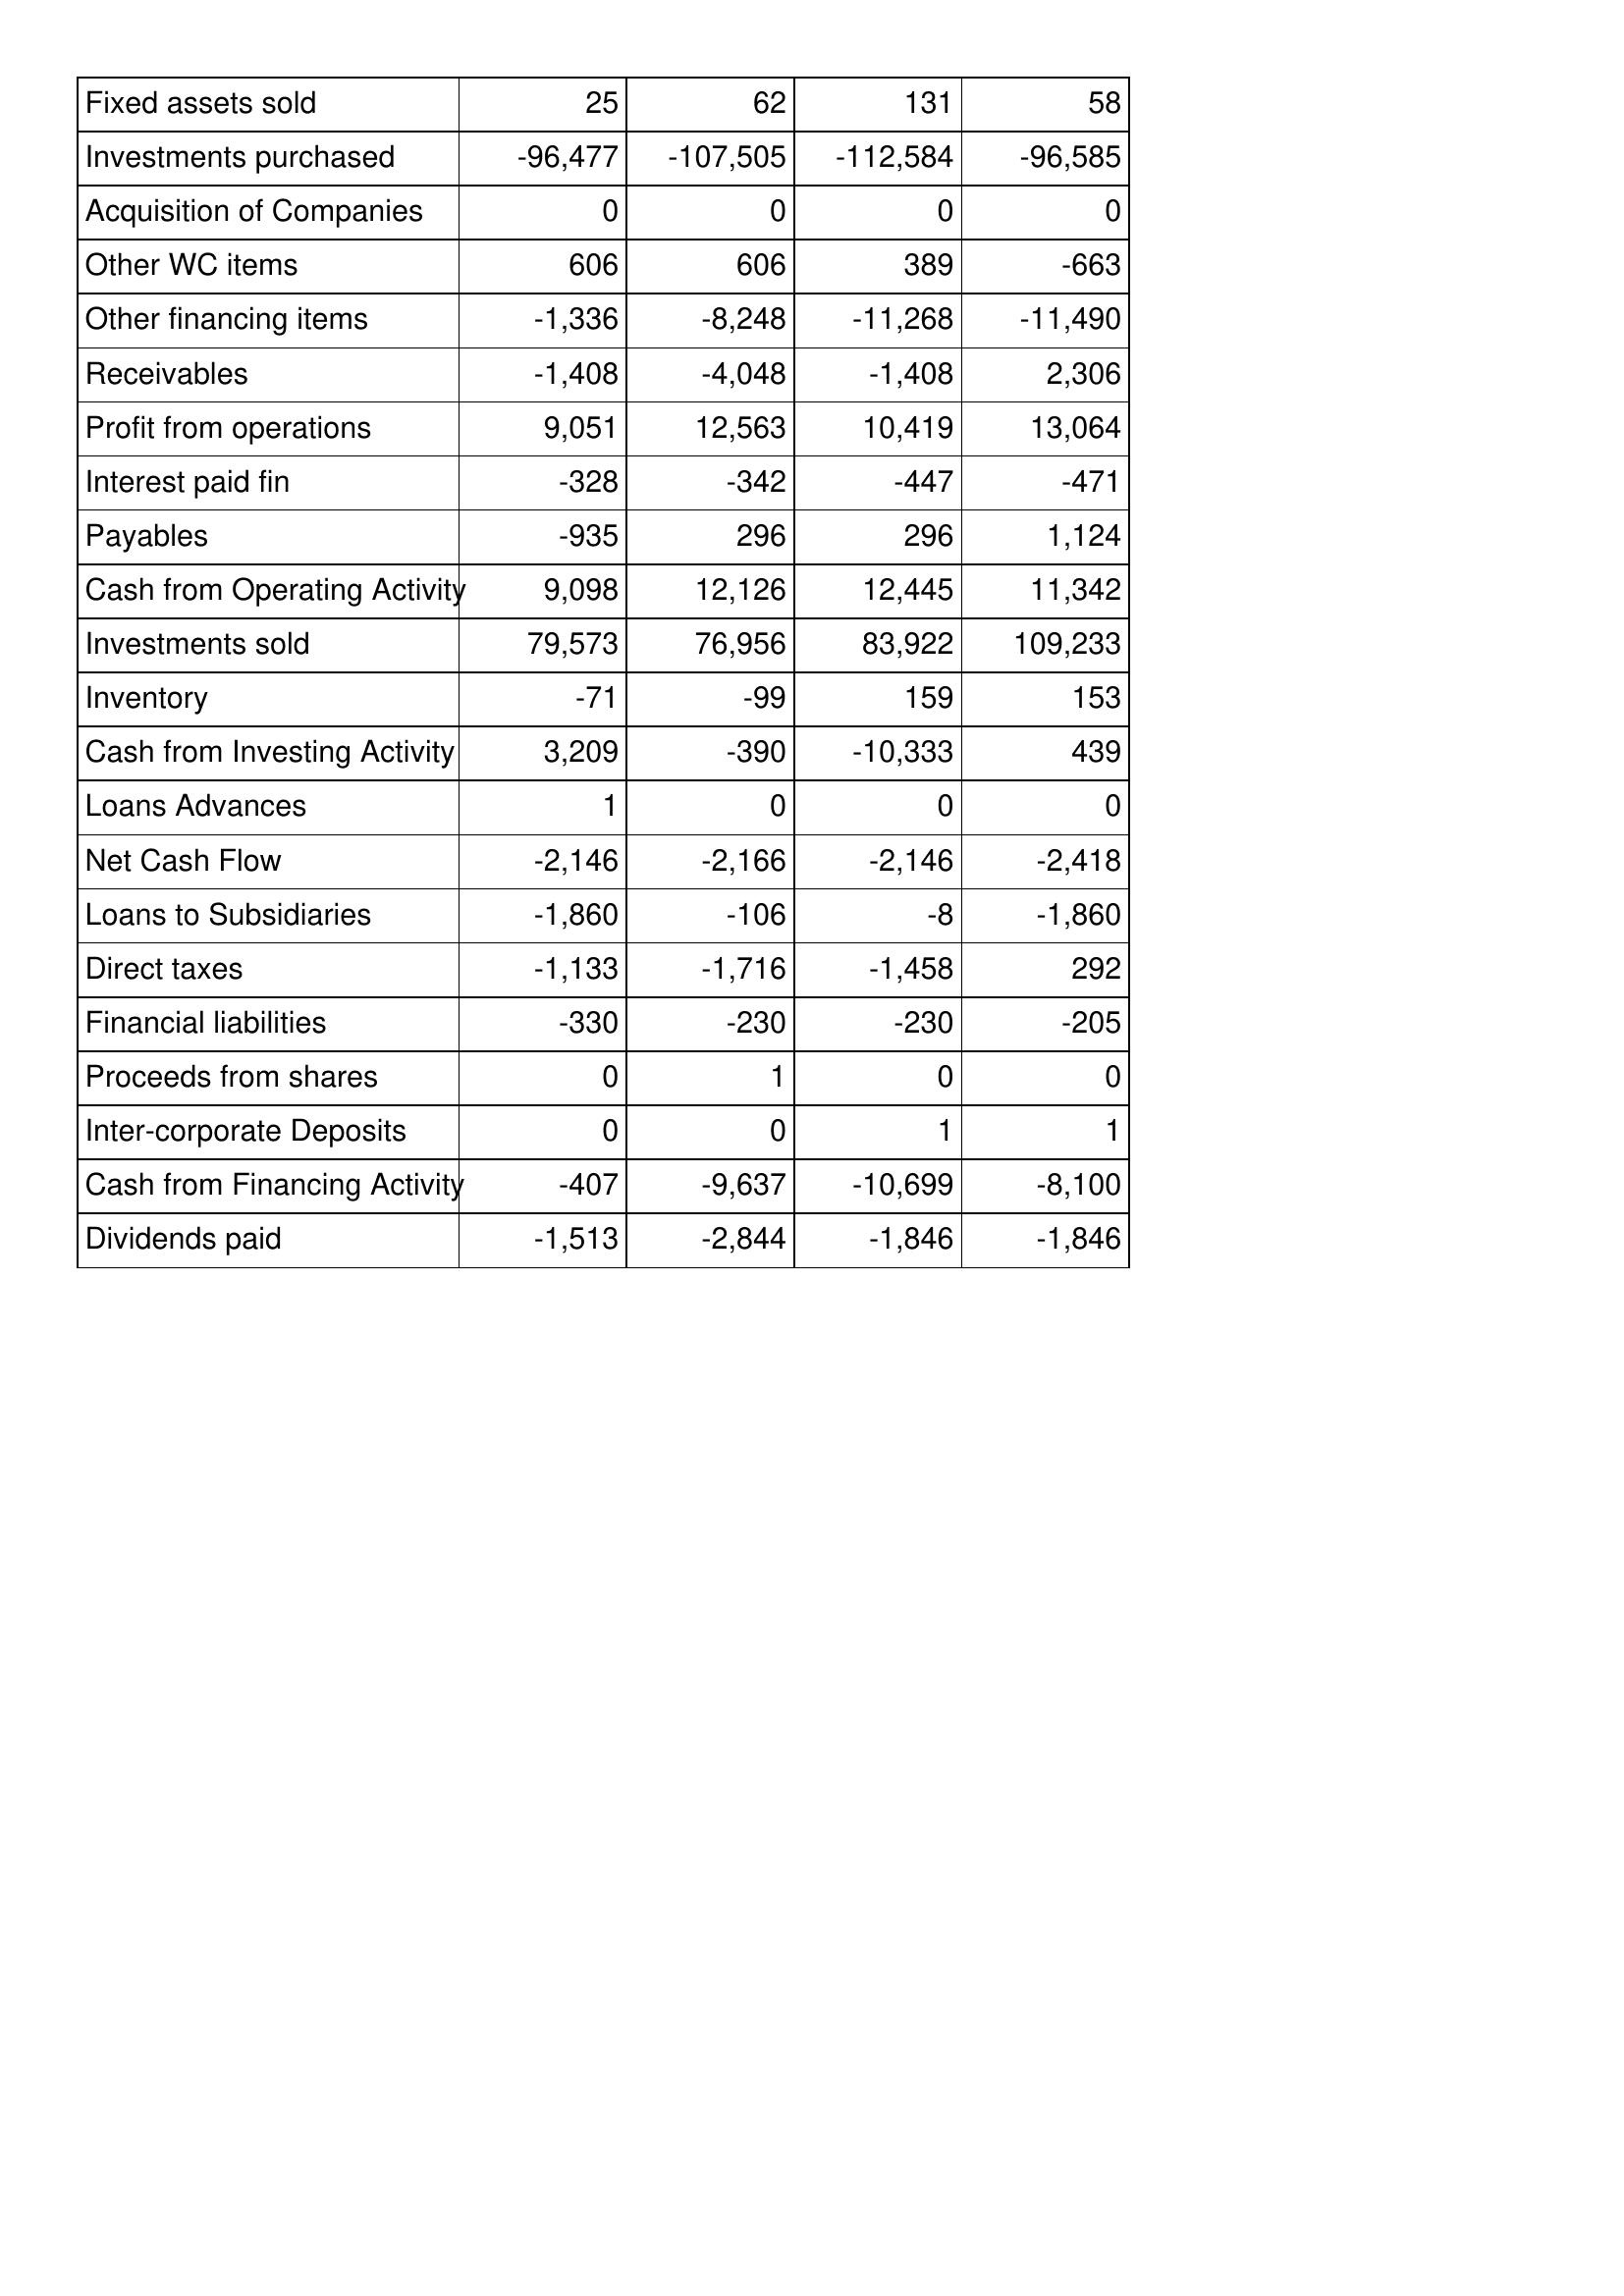
Mar-13: Cash Flows: Fixed assets sold: 25
Investments purchased: -96,477
Acquisition of Companies: 0
Other WC items: 606
Other financing items: -1,336
Receivables: -1,408
Profit from operations: 9,051
Interest paid fin: -328
Payables: -935
Cash from Operating Activity: 9,098
Investments sold: 79,573
Inventory: -71
Cash from Investing Activity: 3,209
Loans Advances: 1
Net Cash Flow: -2,146
Loans to Subsidiaries: -1,860
Direct taxes: -1,133
Financial liabilities: -330
Proceeds from shares: 0
Inter-corporate Deposits: 0
Cash from Financing Activity: -407
Dividends paid: -1,513
Mar-12: Cash Flows: Fixed assets sold: 62
Investments purchased: -107,505
Acquisition of Companies: 0
Other WC items: 606
Other financing items: -8,248
Receivables: -4,048
Profit from operations: 12,563
Interest paid fin: -342
Payables: 296
Cash from Operating Activity: 12,126
Investments sold: 76,956
Inventory: -99
Cash from Investing Activity: -390
Loans Advances: 0
Net Cash Flow: -2,166
Loans to Subsidiaries: -106
Direct taxes: -1,716
Financial liabilities: -230
Proceeds from shares: 1
Inter-corporate Deposits: 0
Cash from Financing Activity: -9,637
Dividends paid: -2,844
Mar-11: Cash Flows: Fixed assets sold: 131
Investments purchased: -112,584
Acquisition of Companies: 0
Other WC items: 389
Other financing items: -11,268
Receivables: -1,408
Profit from operations: 10,419
Interest paid fin: -447
Payables: 296
Cash from Operating Activity: 12,445
Investments sold: 83,922
Inventory: 159
Cash from Investing Activity: -10,333
Loans Advances: 0
Net Cash Flow: -2,146
Loans to Subsidiaries: -8
Direct taxes: -1,458
Financial liabilities: -230
Proceeds from shares: 0
Inter-corporate Deposits: 1
Cash from Financing Activity: -10,699
Dividends paid: -1,846
Mar-10: Cash Flows: Fixed assets sold: 58
Investments purchased: -96,585
Acquisition of Companies: 0
Other WC items: -663
Other financing items: -11,490
Receivables: 2,306
Profit from operations: 13,064
Interest paid fin: -471
Payables: 1,124
Cash from Operating Activity: 11,342
Investments sold: 109,233
Inventory: 153
Cash from Investing Activity: 439
Loans Advances: 0
Net Cash Flow: -2,418
Loans to Subsidiaries: -1,860
Direct taxes: 292
Financial liabilities: -205
Proceeds from shares: 0
Inter-corporate Deposits: 1
Cash from Financing Activity: -8,100
Dividends paid: -1,846